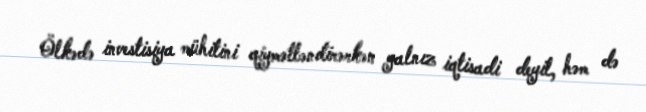
Ölkədə investisiya mühitini qiymətləndirərkən yalnız iqtisadi deyil, həm də